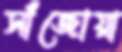
সাঁজোয়া